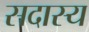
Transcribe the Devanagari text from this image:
सदास्य